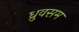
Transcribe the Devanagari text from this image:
ध्रुवसम